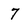
Character: 7